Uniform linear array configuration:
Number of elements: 4
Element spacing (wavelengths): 0.75
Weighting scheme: hann
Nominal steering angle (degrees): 0
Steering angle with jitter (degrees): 1.516
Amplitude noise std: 0.05
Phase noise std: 0.05

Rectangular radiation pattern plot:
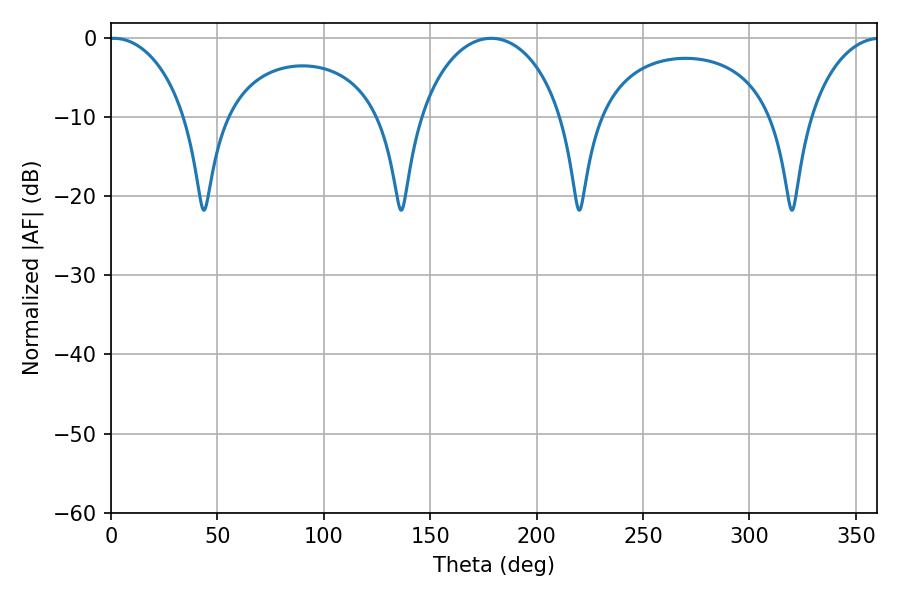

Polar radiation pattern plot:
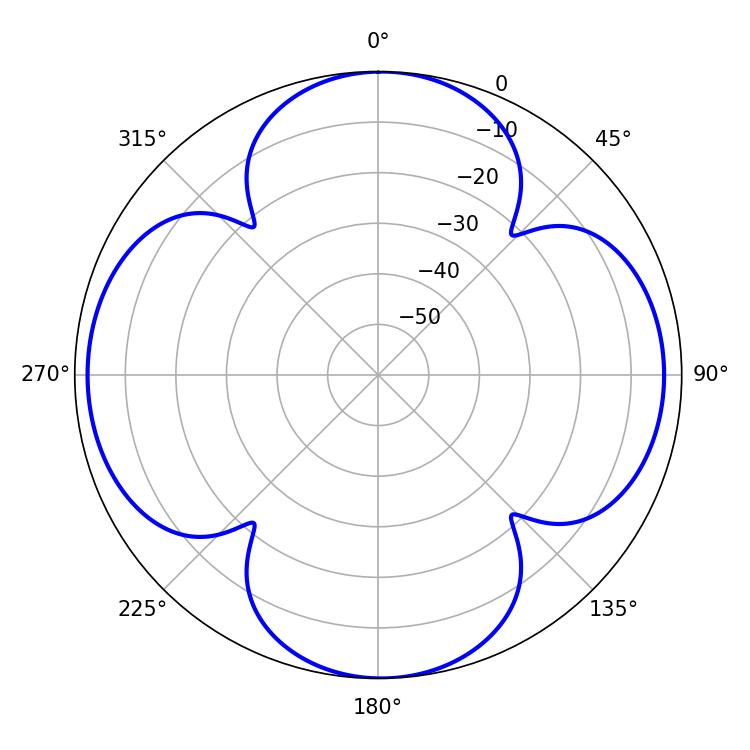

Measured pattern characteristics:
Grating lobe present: TRUE
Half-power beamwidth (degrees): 20.88
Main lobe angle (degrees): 1.26